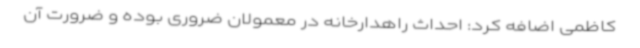
کاظمی اضافه کرد: احداث راهدارخانه در معمولان ضروری بوده و ضرورت آن